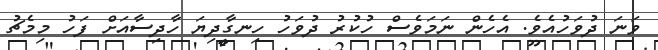
ވަނަ ދުވަހުއެވެ. އެހެން ނަމަވެސް ހުކުރު ދުވަހު ހިނގާދިޔަ ހާދިސާއަށް ފަހު މިމެޗު